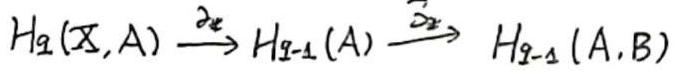
$H_q(X,A)\xrightarrow{\partial_*} H_{q - 1}(A)\xrightarrow{\partial_*} H_{q - 1}(A,B)$